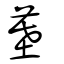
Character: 墓